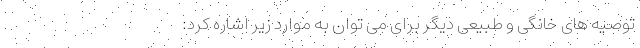
توصیه های خانگی و طبیعی دیگر برای می توان به موارد زیر اشاره کرد: